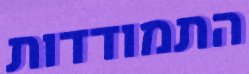
התמודדות